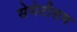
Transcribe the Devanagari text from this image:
सेमेटीसम